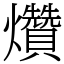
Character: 𤓎